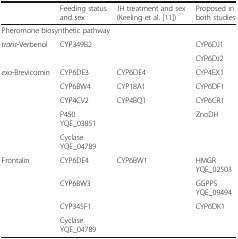
|  | Feeding status and sex | JH treatment and sex (Keeling et al. [11]) | Proposed in both studies |
 | --- | --- | --- | --- |
 | <COLSPAN=4> Pheromone biosynthetic pathway |
 | <ROWSPAN=2> trans-Verbenol | CYP349B2 |  | CYP6DJ1 |
 |  |  | CYP6DJ2 |
 | <ROWSPAN=5> exo-Brevicomin | CYP6DE3 | CYP6DE4 | CYP4EX1 |
 | CYP6BW4 | CYP18A1 | CYP6DF1 |
 | CYP4CV2 | CYP4BQ1 | CYP6CR1 |
 | P450 YQE_03851 |  | ZnoDH |
 | Cyclase YQE_04789 |  |  |
 | <ROWSPAN=4> Frontalin | CYP6DE4 | CYP6BW1 | HMGR YQE_02503 |
 | CYP6BW3 |  | GGPPS YQE_09494 |
 | CYP345F1 |  | CYP6DK1 |
 | Cyclase YQE_04789 |  |  |